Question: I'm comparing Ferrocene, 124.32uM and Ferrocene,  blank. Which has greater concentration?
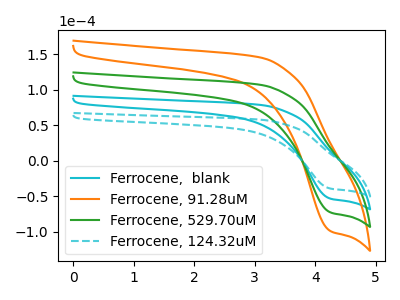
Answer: <think>The cyan curve "Ferrocene,  blank" has a cathodic peak at: (4.25V, -53.75uA). The orange curve "Ferrocene, 91.28uM" has a cathodic peak at: (4.25V, -161.25uA). The green curve "Ferrocene, 529.70uM" has a cathodic peak at: (4.25V, -107.50uA). The cyan dashed curve "Ferrocene, 124.32uM" has a cathodic peak at: (4.25V, -39.50uA).
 All the peaks in "Ferrocene, 124.32uM" have a peak in "Ferrocene,  blank" at the same potential. Every peak in "Ferrocene, 124.32uM" is lower than every peak in "Ferrocene,  blank".</think>
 <answer>"Ferrocene, 124.32uM" has less signal than "Ferrocene,  blank" and so likely has a lower concentration.</answer>
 <eval>less_concentration</eval>